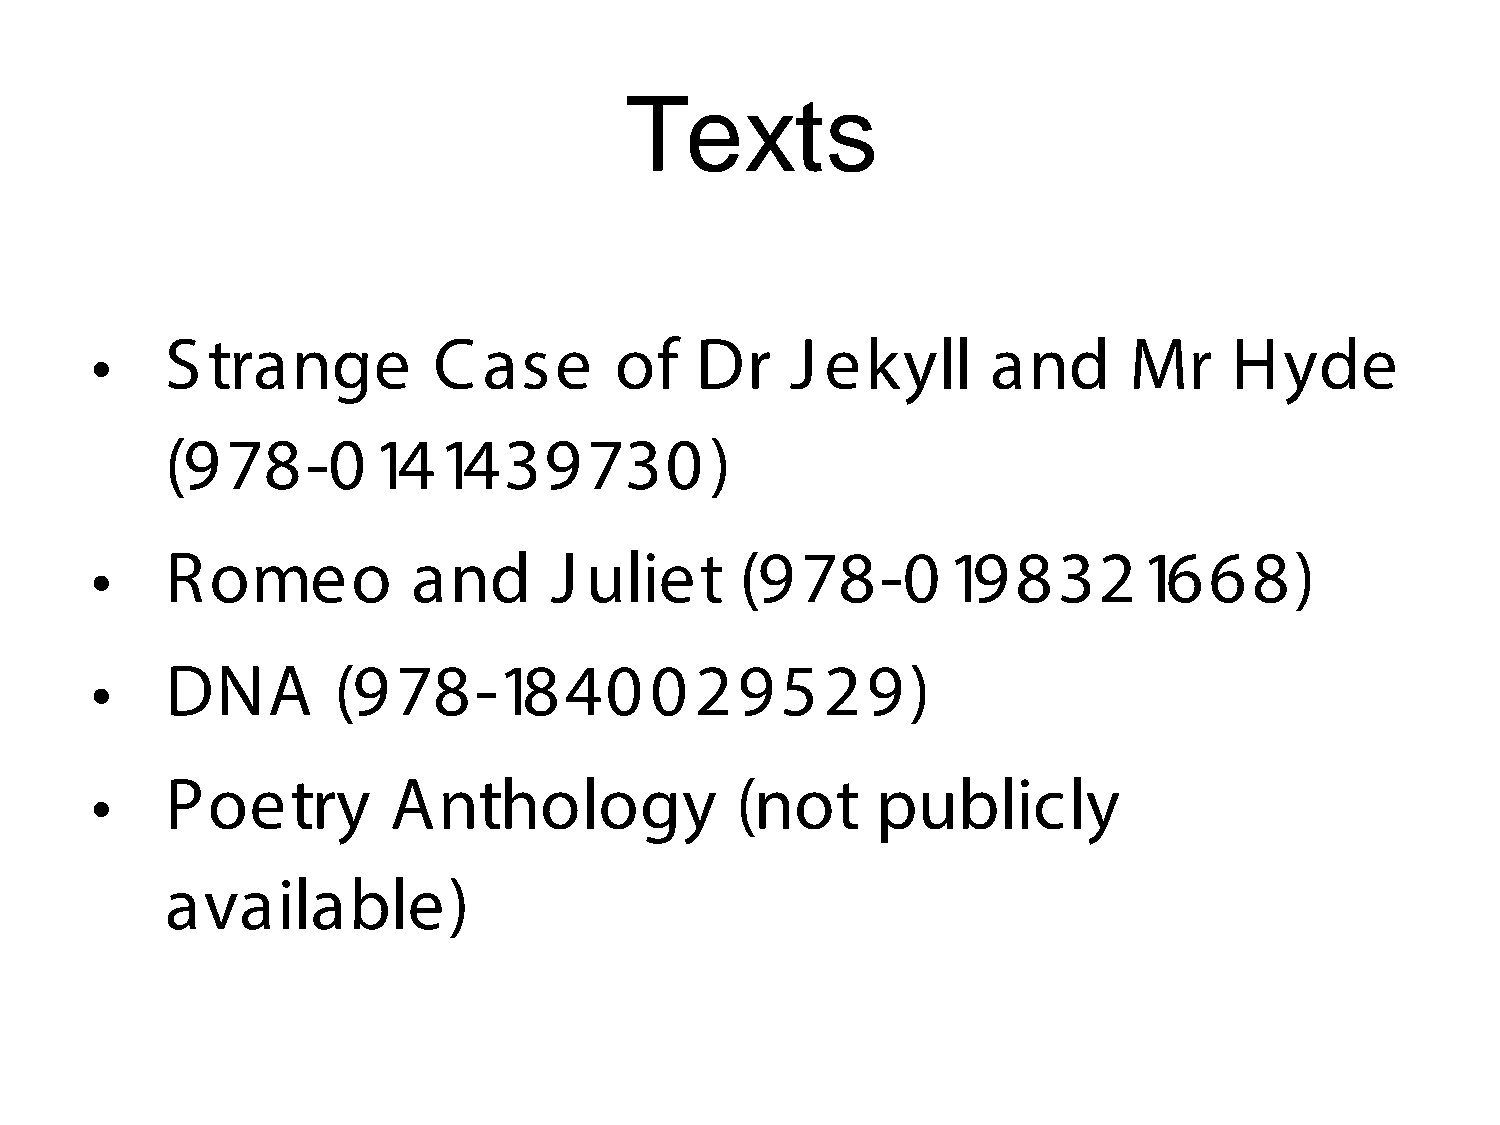
Texts
 •    S  trange         C  ase      of   Dr    J  ekyll      and      Mr     Hyde
 (978-0        141439730             )
 •    Romeo           and      J  uliet     (978-0        198321668)
 •    DNA        (978-1840            0  29529)
 •    Poetry         Anthology              (not     publicly
 available)